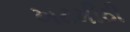
ખટમીઠી